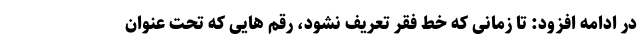
در ادامه افزود: تا زمانی که خط فقر تعریف نشود، رقم هایی که تحت عنوان